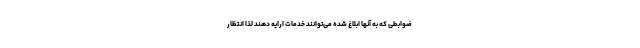
ضوابطی که به آنها ابلاغ شده می‌توانند خدمات ارایه دهند لذا انتظار